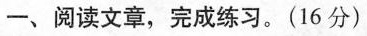
-、阅读文章，完成练习。(16分 )